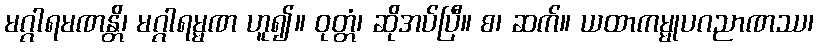
မဂ္ဂါရမဏန္တိ၊ မဂ္ဂါရမ္မဏ ဟူ၍။ ဝုတ္တံ၊ ဆိုအပ်ပြီ။ စ၊ ဆက်။ ယထာကမ္မုပဂညာဏဿ၊